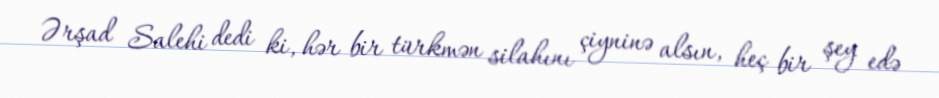
Ərşad Salehi dedi ki, hər bir türkmən silahını çiyninə alsın, heç bir şey edə